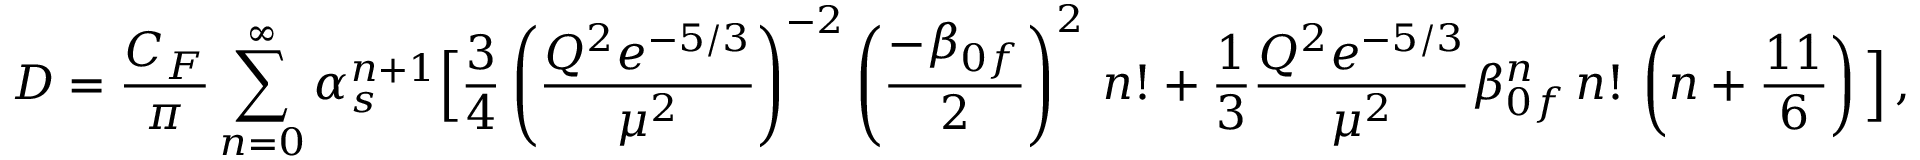
D = \frac { C _ { F } } { \pi } \sum _ { n = 0 } ^ { \infty } \alpha _ { s } ^ { n + 1 } \Big [ \frac { 3 } { 4 } \left( \frac { Q ^ { 2 } e ^ { - 5 / 3 } } { \mu ^ { 2 } } \right) ^ { - 2 } \left( \frac { - \beta _ { 0 f } } { 2 } \right) ^ { 2 } \, n ! + \frac { 1 } { 3 } \frac { Q ^ { 2 } e ^ { - 5 / 3 } } { \mu ^ { 2 } } \beta _ { 0 f } ^ { n } \, n ! \, \left( n + \frac { 1 1 } { 6 } \right) \Big ] \, ,